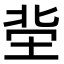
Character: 𡋭